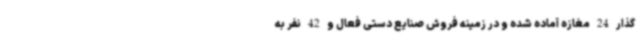
گذار 24 مغازه آماده شده و در زمینه فروش صنایع دستی فعال و 42 نفر به